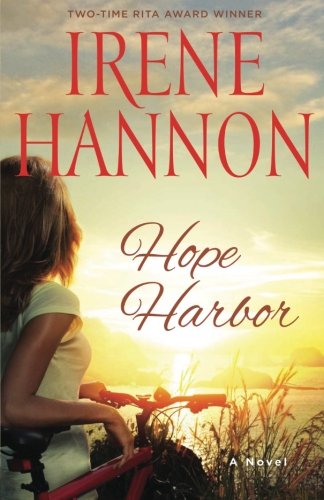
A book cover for Hope Harbor: A Novel; Irene Hannon; Romance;